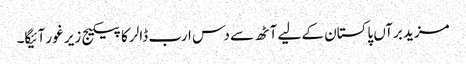
مزید برآں پاکستان کے لیے آٹھ سے دس ارب ڈالر کا پیکیج زیر غور آئیگا۔